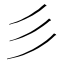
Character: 彡